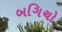
બગિચો